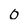
Character: 0